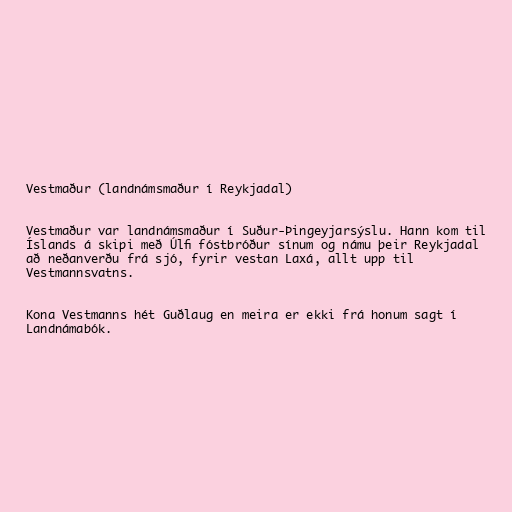
Vestmaður (landnámsmaður í Reykjadal)

Vestmaður var landnámsmaður í Suður-Þingeyjarsýslu. Hann kom til
Íslands á skipi með Úlfi fóstbróður sínum og námu þeir Reykjadal
að neðanverðu frá sjó, fyrir vestan Laxá, allt upp til
Vestmannsvatns.

Kona Vestmanns hét Guðlaug en meira er ekki frá honum sagt í
Landnámabók.